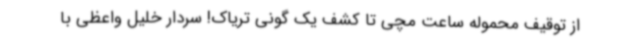
از توقیف محموله ساعت مچی تا کشف یک گونی تریاک! سردار خلیل واعظی با